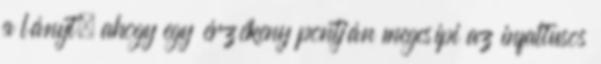
a lányt, ahogy egy érzékeny pontján megcsípi az infaltusos